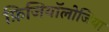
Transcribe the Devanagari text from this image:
फ़िजियॉलोजिया